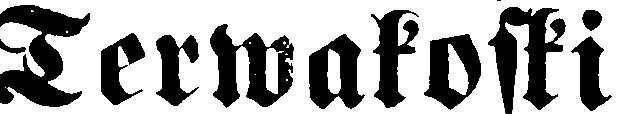
Terwakoski